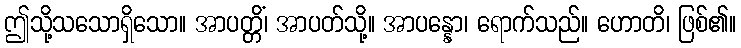
ဤသို့သသောရှိသော။ အာပတ္တိံ၊ အာပတ်သို့။ အာပန္နော၊ ရောက်သည်။ ဟောတိ၊ ဖြစ်၏။